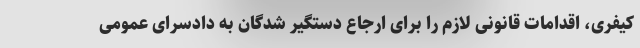
کیفری، اقدامات قانونی لازم را برای ارجاع دستگیر شدگان به دادسرای عمومی